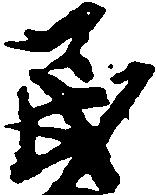
民